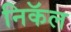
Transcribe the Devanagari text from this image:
निकॅल